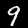
Digit: 9